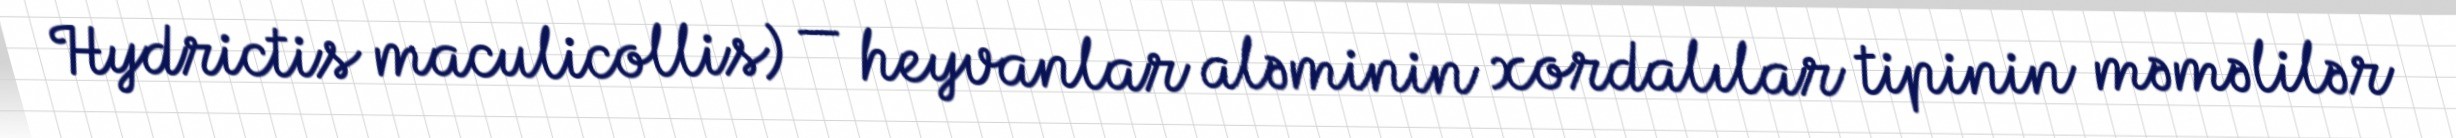
Hydrictis maculicollis) — heyvanlar aləminin xordalılar tipinin məməlilər